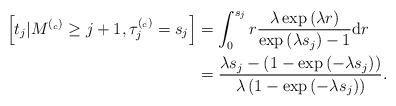
LaTeX: \begin{align*} \left[ t_j \vert M^{(_c)}\geq j+1, \tau^{(_c)}_j = s_j \right] &= \int_0^{s_j} r \frac{\lambda \exp\left( \lambda r\right)}{\exp\left( \lambda s_j\right) -1 } \textrm{d}r\\&= \frac{\lambda s_j - \left( 1-\exp\left( -\lambda s_j\right)\right)}{\lambda \left( 1-\exp\left( -\lambda s_j\right)\right)}.\end{align*}